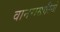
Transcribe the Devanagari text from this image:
वानरासारिखे